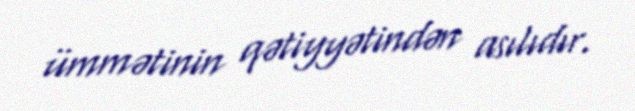
ümmətinin qətiyyətindən asılıdır.